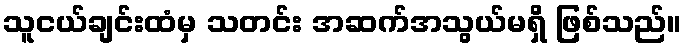
သူငယ်ချင်းထံမှ သတင်း အဆက်အသွယ်မရှိ ဖြစ်သည်။